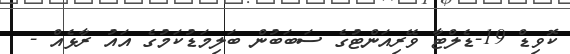
ކޮވިޑް 19-ޑެލްޓާ ވޭރިއަންޓުގެ ސަބަބުން ބަލިމަޑުކަމުގެ އައު ރާޅެއް -